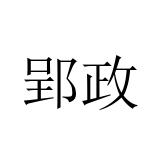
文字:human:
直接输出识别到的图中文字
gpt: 郢政